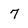
Character: 7